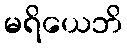
မရိယေဘိ